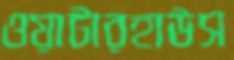
ওয়াটারহাউস